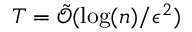
T = \tilde { \mathcal { O } } ( \log ( n ) / \epsilon ^ { 2 } )